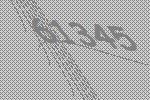
61345